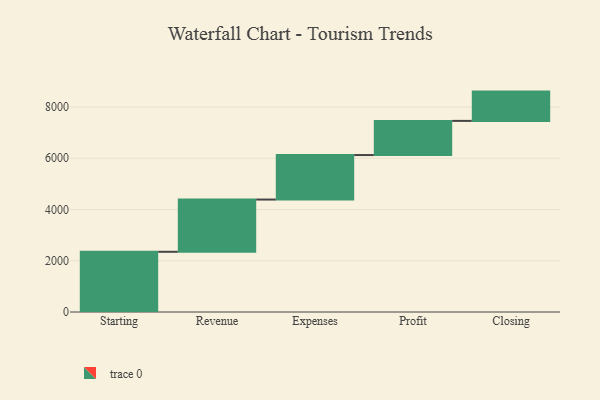
{"axis": {"x": "Step", "y": "Value"}, "legend": [""], "data": [{"x": "Starting", "y": 2350.0, "type": ""}, {"x": "Revenue", "y": 2039.0, "type": ""}, {"x": "Expenses", "y": 1737.0, "type": ""}, {"x": "Profit", "y": 1333.0, "type": ""}, {"x": "Closing", "y": 1143.0, "type": ""}]}